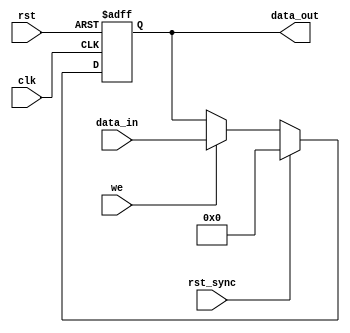
module can_register_asyn_syn
( data_in,
  data_out,
  we,
  clk,
  rst,
  rst_sync
);

parameter WIDTH = 8; // default parameter of the register width
parameter RESET_VALUE = 0;

input [WIDTH-1:0] data_in;
input             we;
input             clk;
input             rst;
input             rst_sync;

output [WIDTH-1:0] data_out;
reg    [WIDTH-1:0] data_out;



always @ (posedge clk or posedge rst)
begin
  if(rst)
    data_out<=#1 RESET_VALUE;
  else if (rst_sync)                  // synchronous reset
    data_out<=#1 RESET_VALUE;
  else if (we)                        // write
    data_out<=#1 data_in;
end



endmodule